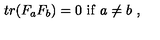
t r ( F _ { a } F _ { b } ) = 0 \ \mathrm { i f } \ a \not = b \ ,